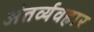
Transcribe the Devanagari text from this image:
अंतर्व्यवहार